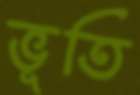
ভূতি